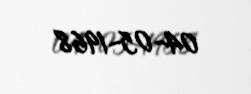
04-05-1968